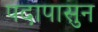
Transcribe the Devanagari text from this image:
पदापासुन